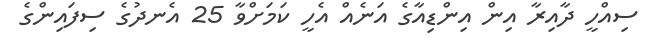
ސިއްހީ ދާއިރާ އިން އިންޑިއާގެ އަނެއް އެހީ ކަމަށްވާ 25 އެނދުގެ ސިފައިންގެ